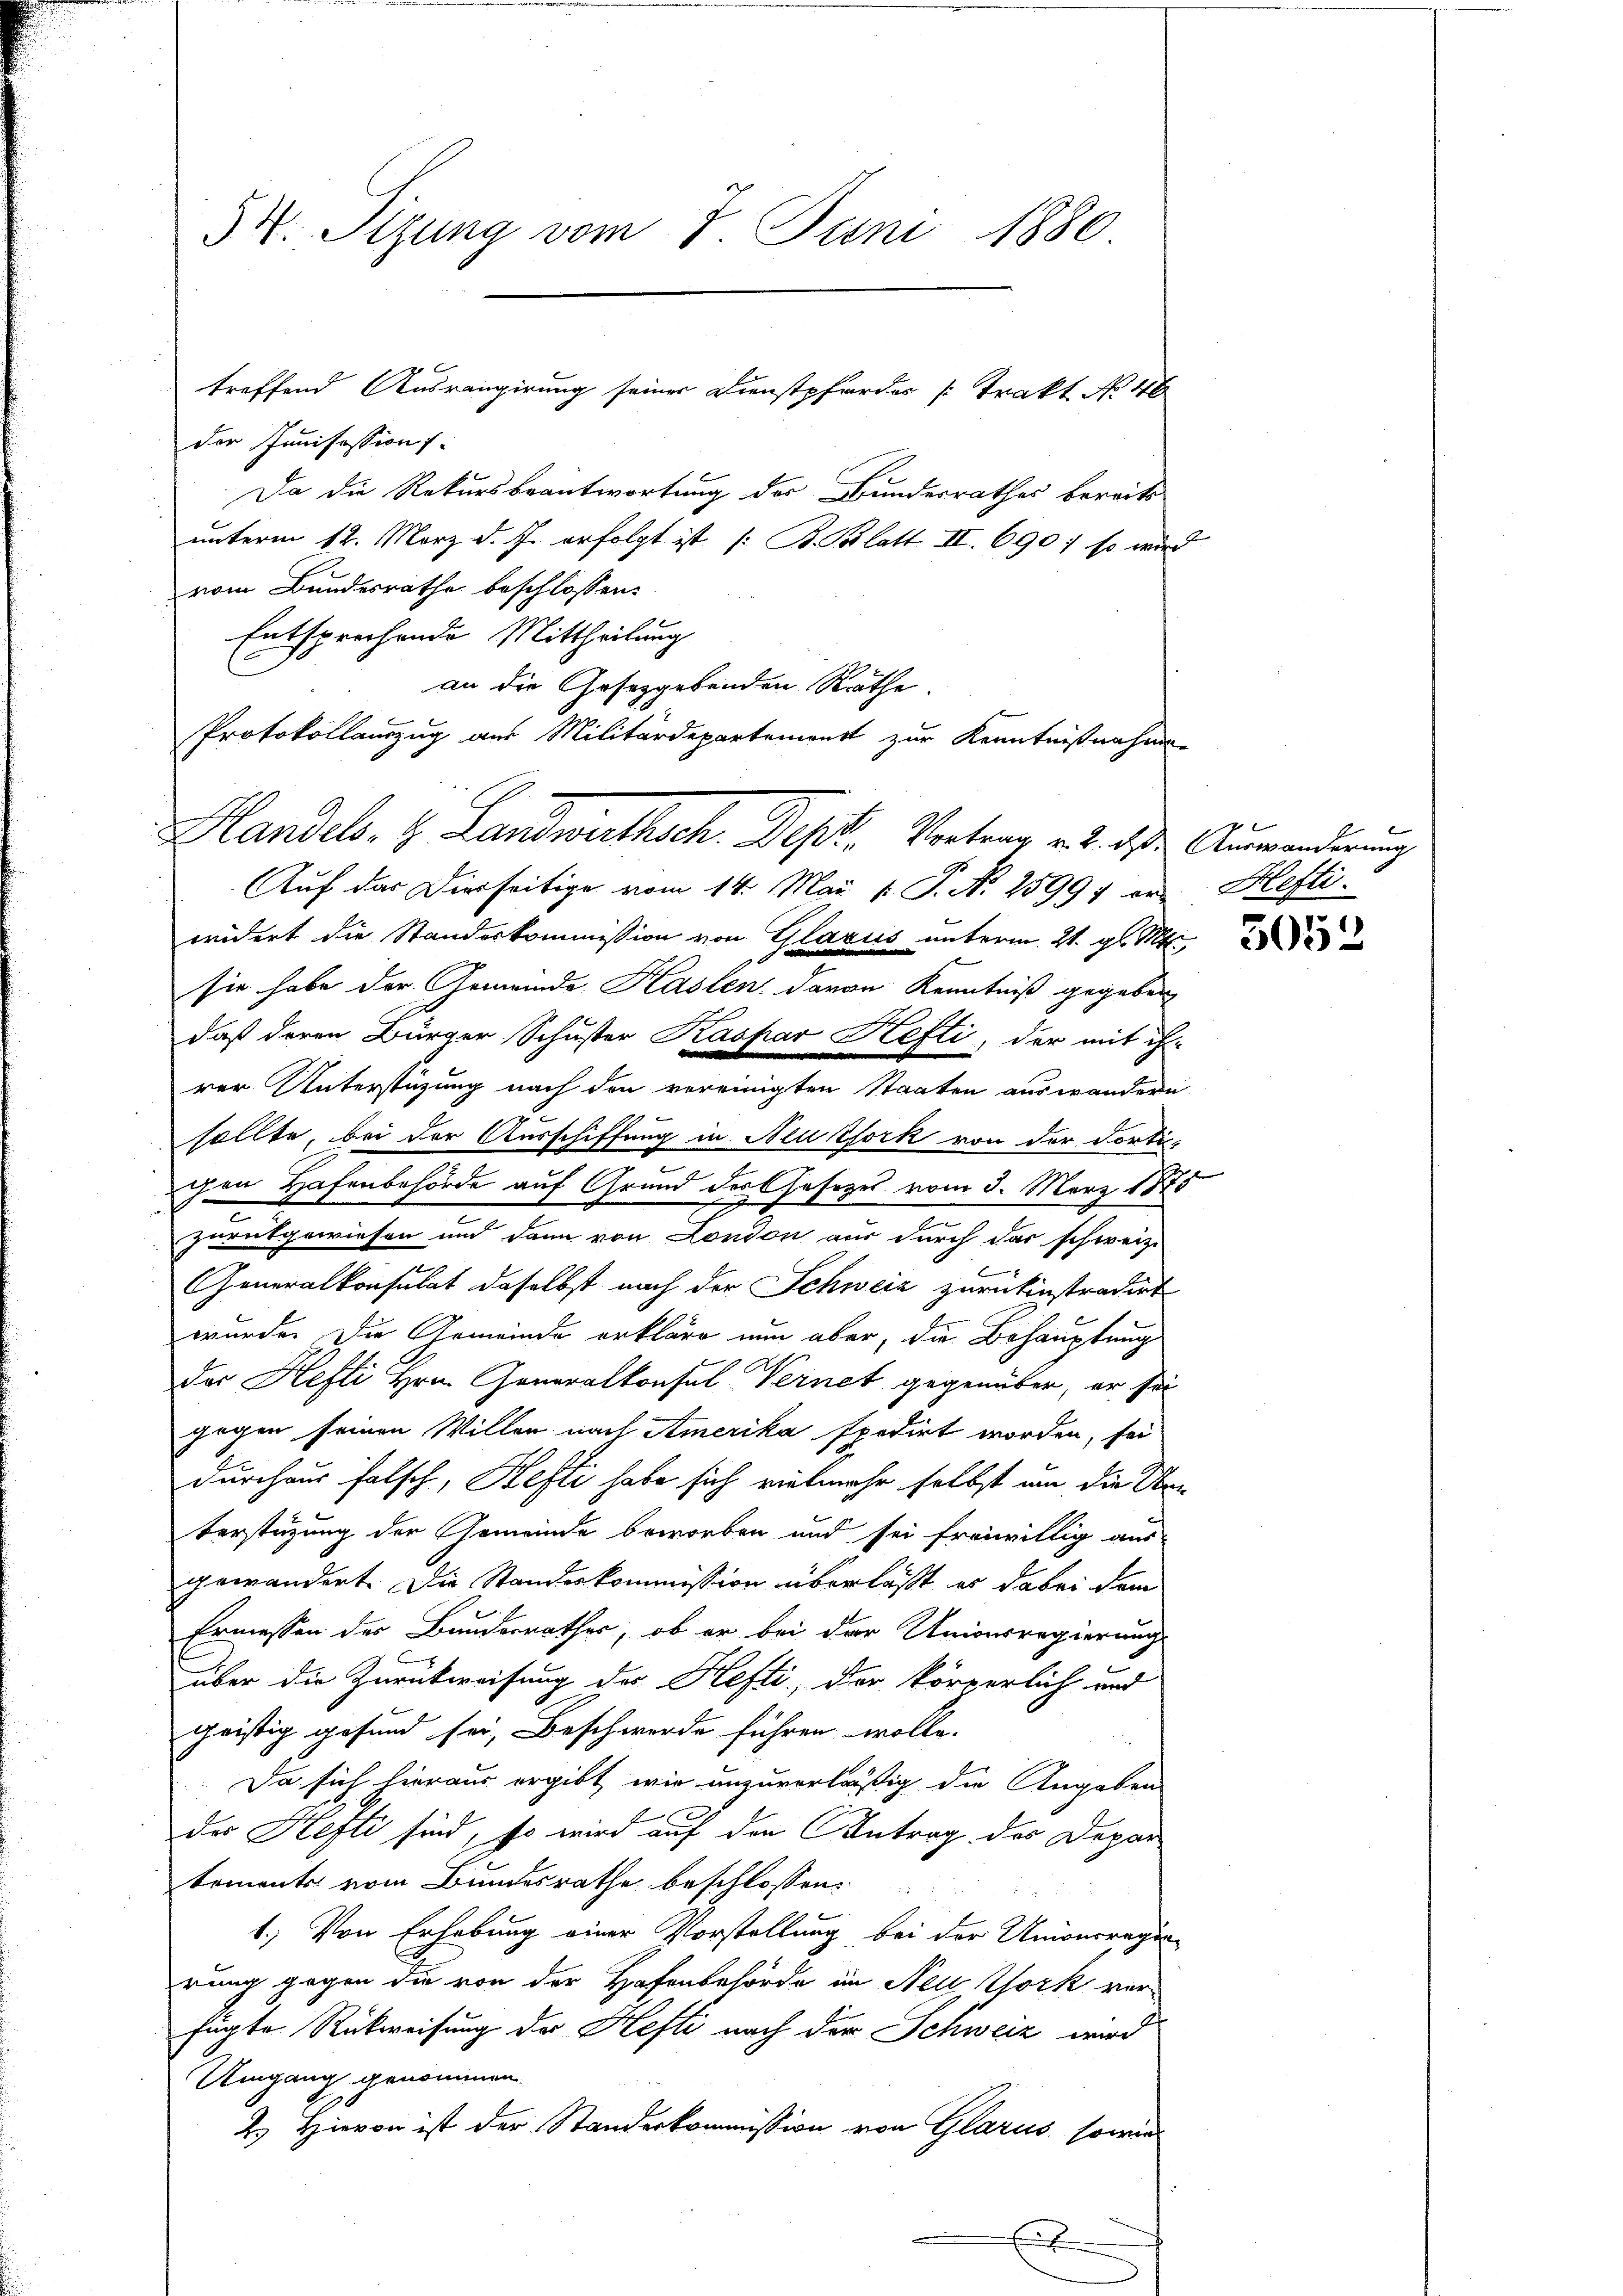
54. Sizung vom 7. Juni 1880

der Junisession
Da die Rekursbeantwortung der Bundesrathes bereits
unterm 12. März d. J. erfolgt ist (: B. Blatt II. 690; so wird
vom Bundesrathe beschlossen:
Entsprechende Mittheilung
Auf das Dierseitige vom 14. Mai l. J. N. 25997 er
widert die Standeskommission von Glarus unterm 21. gl. Mts.,
sie habe der Gemeinde Haslen, davon Kenntniß gegeben
daß deren Bürger Schuster Kaspar Hefti, der mit ih-
rer Unterstüzung nach den vereinigten Staaten auswandern
sollte, bei der Ausschiffung in Neuzfork von der dortis-
chen Hafenbehörde auf Grund der Gesezes vom 3. März 1875
x
zurükgewiesen und dann von London aus durch das schweiz.
Generalkonsulat daselbst nach der Schweiz zurückinstradirt
wurde. Die Gemeinde erkläre nun aber, die Behauptung
der Hefti Hrn. Generalkonsul Vernet gegenüber, er sei
gegen seinen Willen nach Amerika spedirt worden, sei
durchaus falsch, Hefti habe sich vielmehr selbst um die Unberstüzung der Gemeinde beworben und sei freiwillig aus-
gewändert. Die Standeskommission überlasst er dabei dem
Ermessen der Bunderrathes, ob er bei der Univerregierung
über die Zurückweisung des Hefti, der körperlich und
geistig gesund sei, Beschwerde führen wolle.
Da sich hieraus ergibt wir unzuverläßig die Angaben
des Kefti sind, so wird auf den Antrag des Depar
tements vom Bundesrathe beschlossen:
1.) Von Erhebung einer Vorstellung bei der Unionsregin-
rung gegen die von der Hafenbehörde im Neu York ver-
fügte Rückweisung der Hefti nach der Schweiz wird
Umgang genommen.
2.) Hievon ist der Standeskommission von Glarus, sowie

treffend Ausrangirung seiner Dienstpferdes [Trakt No. 46

an die Gesetzgebenden Rathe.
Protokollauszug aus Militärdepartemonst zur Kenntnißnahme
Handels- & Landwirthsch. Dept. Vortrag v. 2. das Auswanderung

E

Hefti

3052